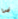
فى